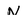
Character: N